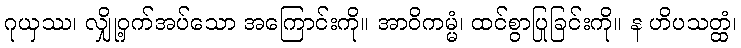
ဂုယှဿ၊ လျှို့ဝှက်အပ်သော အကြောင်းကို။ အာဝိကမ္မံ၊ ထင်စွာပြုခြင်းကို။ န ဟိပသတ္ထံ၊